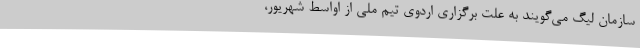
سازمان لیگ می‌گویند به علت برگزاری اردوی تیم ملی از اواسط شهریور،